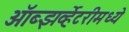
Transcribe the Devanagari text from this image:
ऑब्झर्व्हेटरीमध्ये